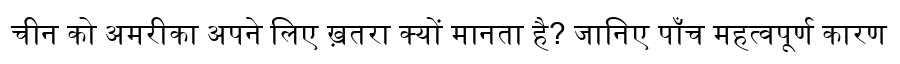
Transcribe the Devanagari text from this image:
चीन को अमरीका अपने लिए ख़तरा क्यों मानता है? जानिए पाँच महत्वपूर्ण कारण